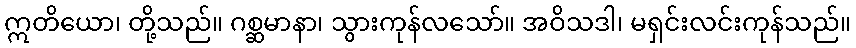
ဣတိယော၊ တို့သည်။ ဂစ္ဆမာနာ၊ သွားကုန်လသော်။ အဝိသဒါ၊ မရှင်းလင်းကုန်သည်။